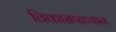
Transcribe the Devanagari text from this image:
विकासपहचान